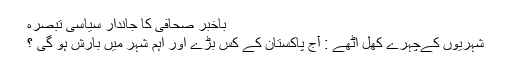
باخبر صحافی کا جاندار سیاسی تبصرہ
شہریوں کےچہرے کھل اٹھے : آج پاکستان کے کس بڑے اور اہم شہر میں بارش ہو گی ؟